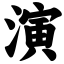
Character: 演